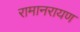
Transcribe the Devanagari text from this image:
रामानरायण